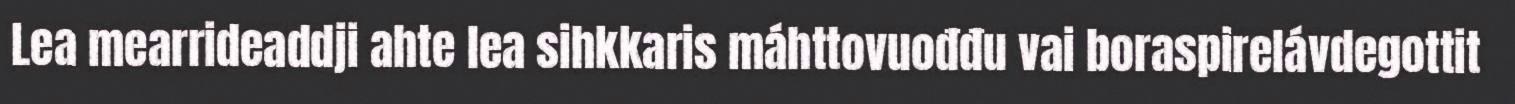
Lea mearrideaddji ahte lea sihkkaris máhttovuođđu vai boraspirelávdegottit